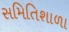
સમિતિશાળા